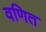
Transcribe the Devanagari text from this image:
वणित